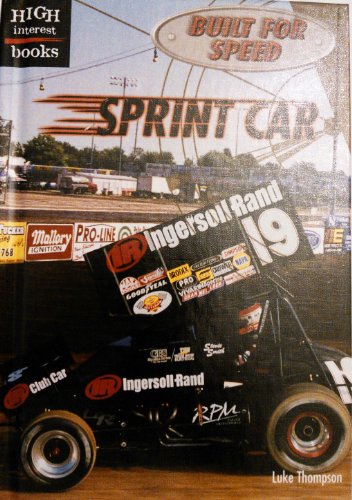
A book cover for Sprint Car (High Interest Books: Built for Speed); Luke Thompson; Teen & Young Adult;